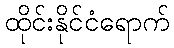
ထိုင်းနိုင်ငံရောက်